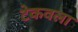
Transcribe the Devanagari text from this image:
टेकवला